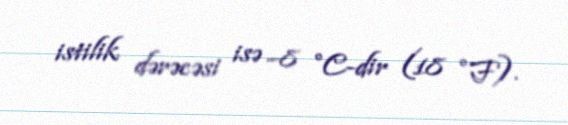
istilik dərəcəsi isə −8 °C-dir (18 °F).